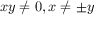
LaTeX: x y \neq 0 , x \neq \pm y